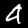
Digit: 4